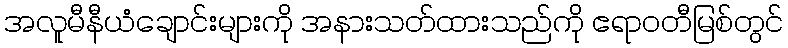
အလူမီနီယံချောင်းများကို အနားသတ်ထားသည်ကို ဧရာဝတီမြစ်တွင်